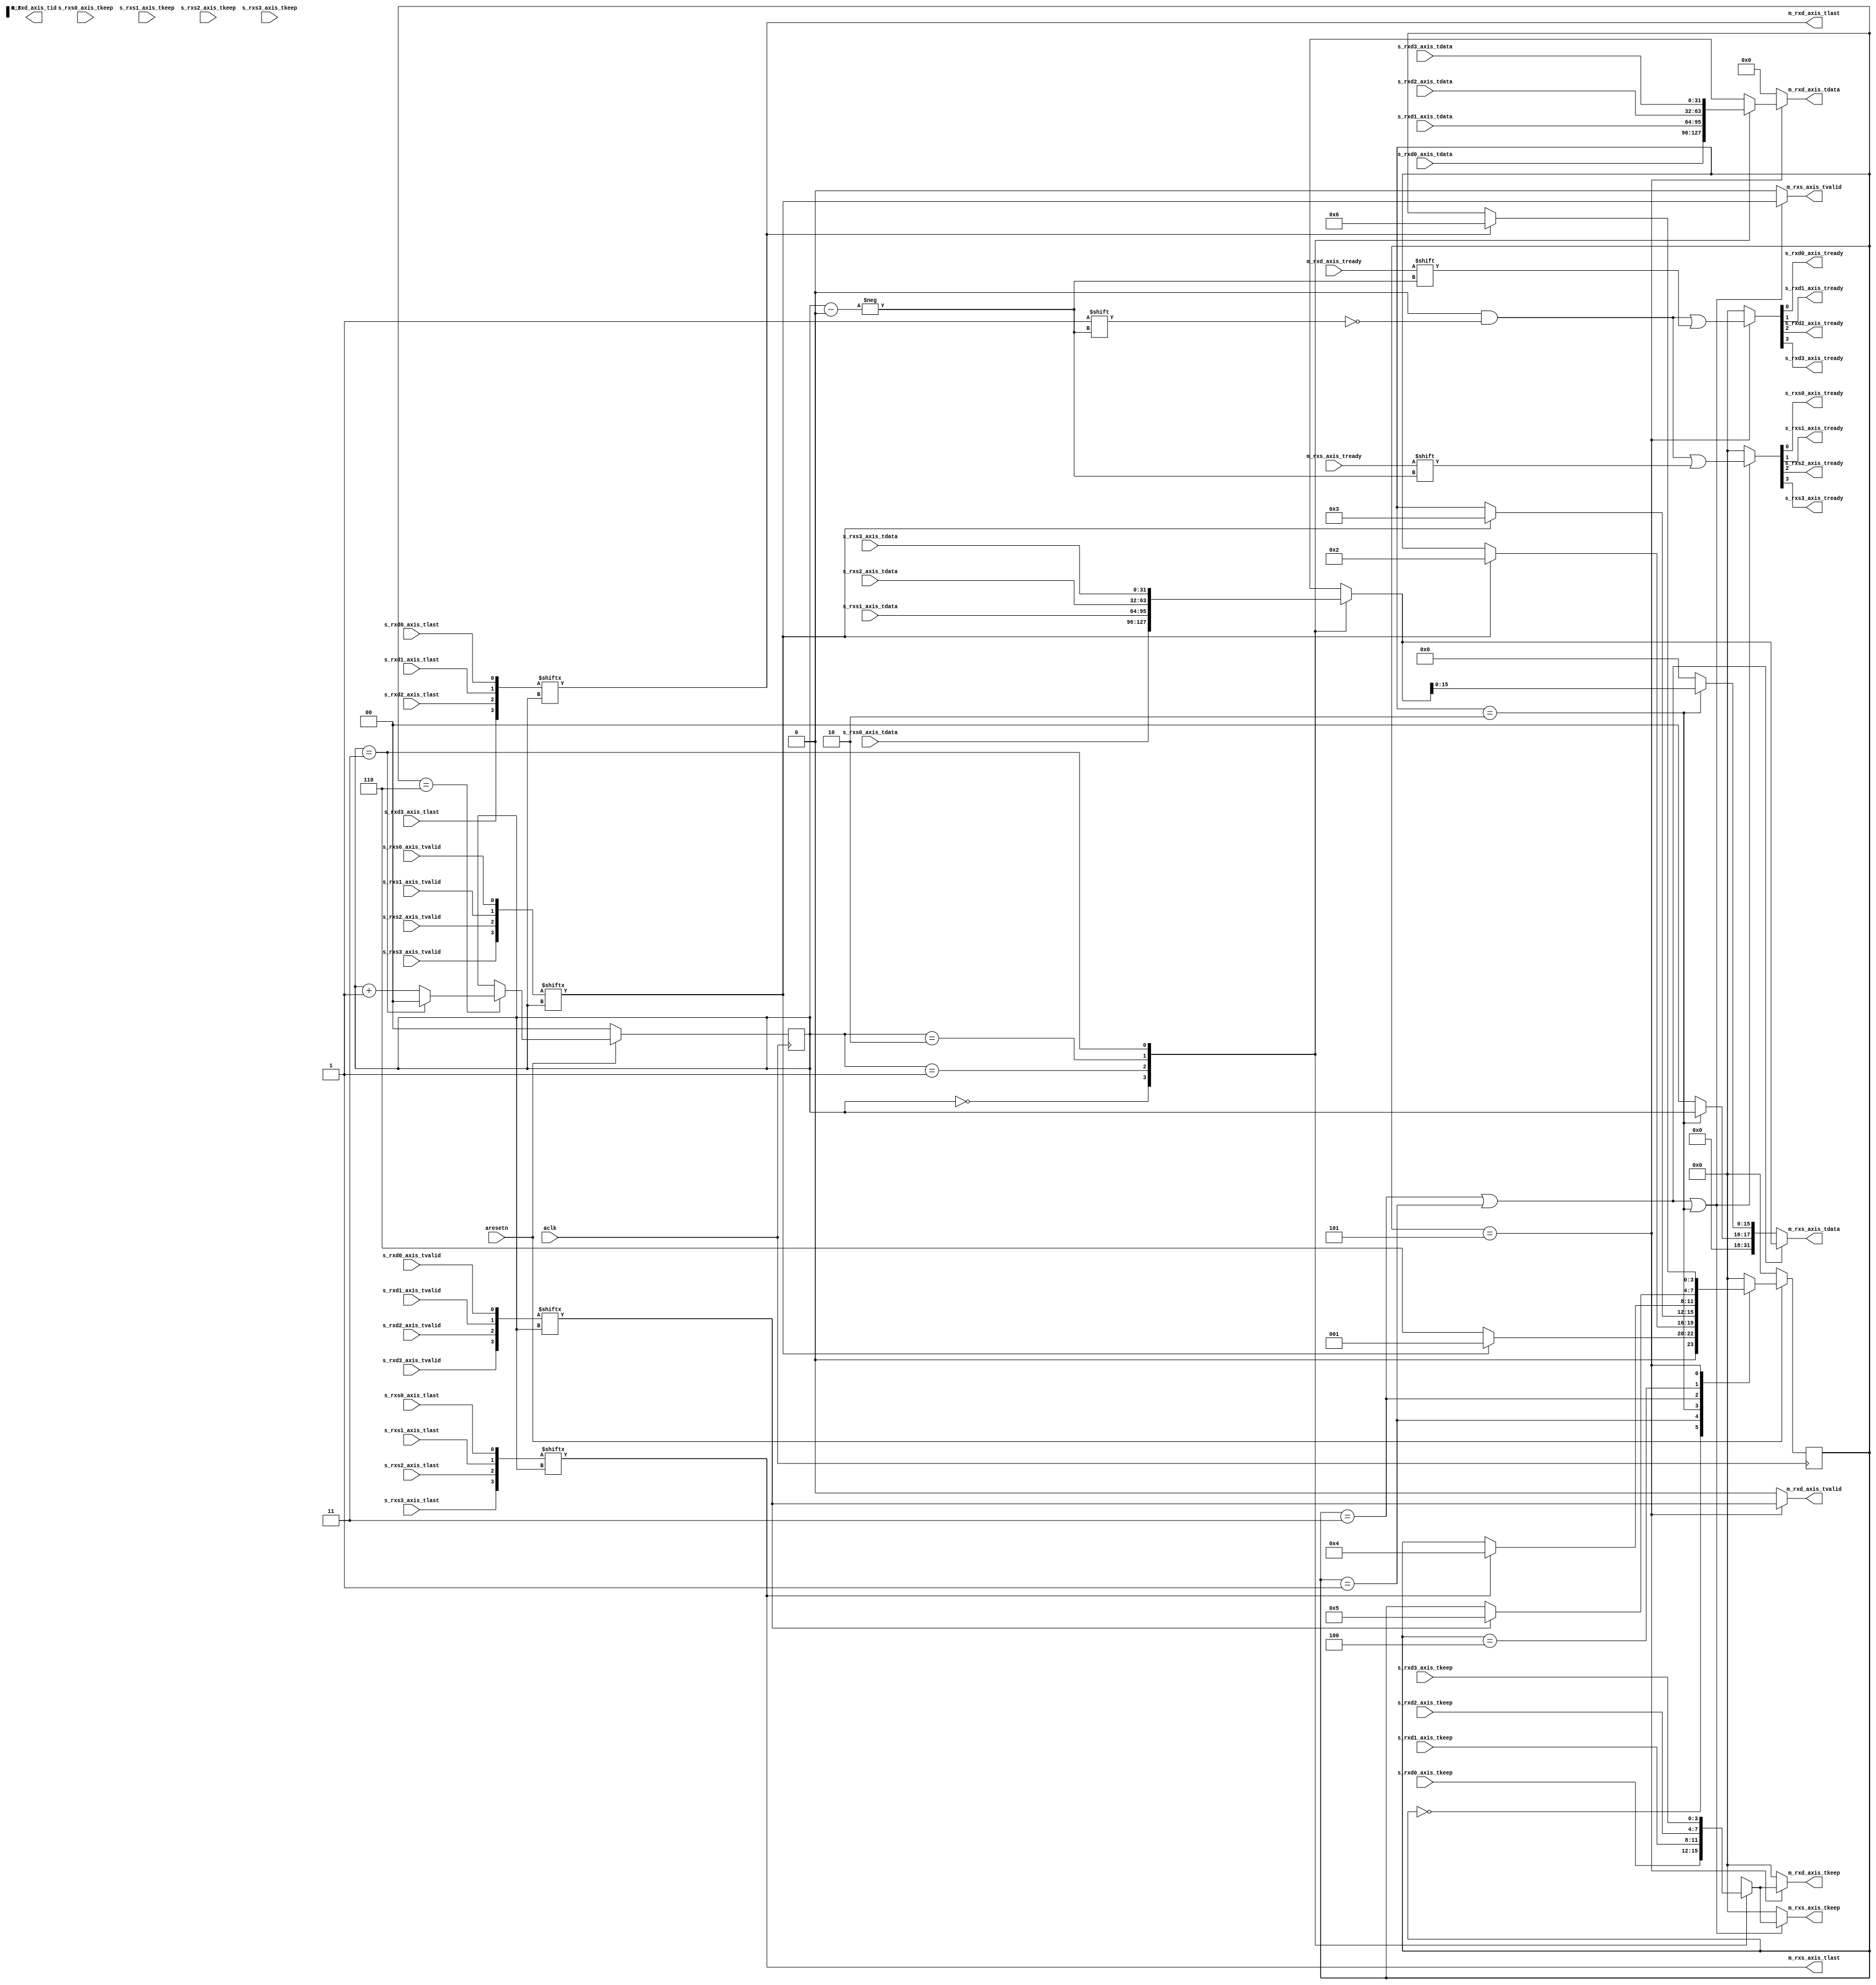

module eth2dma_intercon
(
   input aclk,
   input aresetn,
   input s_rxs0_axis_tvalid,
   input s_rxs1_axis_tvalid,
   input s_rxs2_axis_tvalid,
   input s_rxs3_axis_tvalid,
   output s_rxs0_axis_tready,
   output s_rxs1_axis_tready,
   output s_rxs2_axis_tready,
   output s_rxs3_axis_tready,
   input [31 : 0] s_rxs0_axis_tdata,
   input [31 : 0] s_rxs1_axis_tdata,
   input [31 : 0] s_rxs2_axis_tdata,
   input [31 : 0] s_rxs3_axis_tdata,
   input [3 : 0] s_rxs0_axis_tkeep,
   input [3 : 0] s_rxs1_axis_tkeep,
   input [3 : 0] s_rxs2_axis_tkeep,
   input [3 : 0] s_rxs3_axis_tkeep,
   input s_rxs0_axis_tlast,
   input s_rxs1_axis_tlast,
   input s_rxs2_axis_tlast,
   input s_rxs3_axis_tlast,
/*   input [1 : 0] s_rxs0_axis_tid,
   input [1 : 0] s_rxs1_axis_tid,
   input [1 : 0] s_rxs2_axis_tid,
   input [1 : 0] s_rxs3_axis_tid,*/

   output reg m_rxs_axis_tvalid,
   input m_rxs_axis_tready,
   output reg [31 : 0] m_rxs_axis_tdata,
   output reg [3 : 0] m_rxs_axis_tkeep,
   output m_rxs_axis_tlast,
//   output [1 : 0] m_rxs_axis_tid,
   
   input s_rxd0_axis_tvalid,
   input s_rxd1_axis_tvalid,
   input s_rxd2_axis_tvalid,
   input s_rxd3_axis_tvalid,
   output s_rxd0_axis_tready,
   output s_rxd1_axis_tready,
   output s_rxd2_axis_tready,
   output s_rxd3_axis_tready,
   input [31 : 0] s_rxd0_axis_tdata,
   input [31 : 0] s_rxd1_axis_tdata,
   input [31 : 0] s_rxd2_axis_tdata,
   input [31 : 0] s_rxd3_axis_tdata,
   input [3 : 0] s_rxd0_axis_tkeep,
   input [3 : 0] s_rxd1_axis_tkeep,
   input [3 : 0] s_rxd2_axis_tkeep,
   input [3 : 0] s_rxd3_axis_tkeep,
   input s_rxd0_axis_tlast,
   input s_rxd1_axis_tlast,
   input s_rxd2_axis_tlast,
   input s_rxd3_axis_tlast,
/*   input [1 : 0] s_rxd0_axis_tid,
   input [1 : 0] s_rxd1_axis_tid,
   input [1 : 0] s_rxd2_axis_tid,
   input [1 : 0] s_rxd3_axis_tid,*/
   
   output reg m_rxd_axis_tvalid,
   input m_rxd_axis_tready,
   output reg [31 : 0] m_rxd_axis_tdata,
   output reg [3 : 0] m_rxd_axis_tkeep,
   output m_rxd_axis_tlast,
   output reg [1 : 0] m_rxd_axis_tid
   
);
   wire [3:0]   s_rxs_axis_tvalid;
   reg [3:0]   s_rxs_axis_tready;
   wire [31:0]  s_rxs_axis_tdata[3:0];
   wire [3:0]   s_rxs_axis_tkeep[3:0];
   wire [3:0]   s_rxs_axis_tlast;
   
   wire [3:0]   s_rxd_axis_tvalid;
   reg [3:0]   s_rxd_axis_tready;
   wire [31:0]  s_rxd_axis_tdata[3:0];
   wire [3:0]   s_rxd_axis_tkeep[3:0];
   wire [3:0]   s_rxd_axis_tlast;
   
   assign s_rxs_axis_tvalid[0]=s_rxs0_axis_tvalid;
   assign s_rxs_axis_tvalid[1]=s_rxs1_axis_tvalid;
   assign s_rxs_axis_tvalid[2]=s_rxs2_axis_tvalid;
   assign s_rxs_axis_tvalid[3]=s_rxs3_axis_tvalid;
   
   assign s_rxs0_axis_tready=s_rxs_axis_tready[0];
   assign s_rxs1_axis_tready=s_rxs_axis_tready[1];
   assign s_rxs2_axis_tready=s_rxs_axis_tready[2];
   assign s_rxs3_axis_tready=s_rxs_axis_tready[3];
   
   assign s_rxs_axis_tdata[0]=s_rxs0_axis_tdata;
   assign s_rxs_axis_tdata[1]=s_rxs1_axis_tdata;
   assign s_rxs_axis_tdata[2]=s_rxs2_axis_tdata;
   assign s_rxs_axis_tdata[3]=s_rxs3_axis_tdata;
   
   assign s_rxs_axis_tlast[0]=s_rxs0_axis_tlast;
   assign s_rxs_axis_tlast[1]=s_rxs1_axis_tlast;
   assign s_rxs_axis_tlast[2]=s_rxs2_axis_tlast;
   assign s_rxs_axis_tlast[3]=s_rxs3_axis_tlast;   
   
   assign s_rxs_axis_tkeep[0]=s_rxs0_axis_tkeep;
   assign s_rxs_axis_tkeep[1]=s_rxs1_axis_tkeep;
   assign s_rxs_axis_tkeep[2]=s_rxs2_axis_tkeep;
   assign s_rxs_axis_tkeep[3]=s_rxs3_axis_tkeep;  
   
   
      
   
   assign s_rxd_axis_tvalid[0]=s_rxd0_axis_tvalid;
   assign s_rxd_axis_tvalid[1]=s_rxd1_axis_tvalid;
   assign s_rxd_axis_tvalid[2]=s_rxd2_axis_tvalid;
   assign s_rxd_axis_tvalid[3]=s_rxd3_axis_tvalid;
   
   assign s_rxd0_axis_tready=s_rxd_axis_tready[0];
   assign s_rxd1_axis_tready=s_rxd_axis_tready[1];
   assign s_rxd2_axis_tready=s_rxd_axis_tready[2];
   assign s_rxd3_axis_tready=s_rxd_axis_tready[3];
   
   assign s_rxd_axis_tdata[0]=s_rxd0_axis_tdata;
   assign s_rxd_axis_tdata[1]=s_rxd1_axis_tdata;
   assign s_rxd_axis_tdata[2]=s_rxd2_axis_tdata;
   assign s_rxd_axis_tdata[3]=s_rxd3_axis_tdata;
   
   assign s_rxd_axis_tlast[0]=s_rxd0_axis_tlast;
   assign s_rxd_axis_tlast[1]=s_rxd1_axis_tlast;
   assign s_rxd_axis_tlast[2]=s_rxd2_axis_tlast;
   assign s_rxd_axis_tlast[3]=s_rxd3_axis_tlast;   
   
   assign s_rxd_axis_tkeep[0]=s_rxd0_axis_tkeep;
   assign s_rxd_axis_tkeep[1]=s_rxd1_axis_tkeep;
   assign s_rxd_axis_tkeep[2]=s_rxd2_axis_tkeep;
   assign s_rxd_axis_tkeep[3]=s_rxd3_axis_tkeep;     
   
 
   
   localparam  //IDLE=0,
               WAIT_FOR_RXS=0,
               WAIT_FOR_RXS_1=1,
               WAIT_FOR_RXS_2=2,
               WAIT_FOR_RXS_EOP=3,
               WAIT_FOR_RXD=4,
               WAIT_FOR_RXD_EOP=5,
               ADD_QUEUE=6;
   
   reg [3:0]cur_st,nxt_st;
   reg [1:0]cur_queue;
   
   always@(posedge aclk)
      if(~aresetn)
         cur_st<=0;
      else cur_st<=nxt_st;
      
   always@(*)
   begin
      nxt_st=cur_st;
      case(cur_st)
         /*IDLE:
            nxt_st=WAIT_FOR_RXS;*/
         WAIT_FOR_RXS:
            if(s_rxs_axis_tvalid[cur_queue]) nxt_st=WAIT_FOR_RXS_1;
            else nxt_st=ADD_QUEUE;
         WAIT_FOR_RXS_1:if(s_rxs_axis_tvalid[cur_queue]) nxt_st=WAIT_FOR_RXS_2;
         WAIT_FOR_RXS_2:if(s_rxs_axis_tvalid[cur_queue]) nxt_st=WAIT_FOR_RXS_EOP;
         WAIT_FOR_RXS_EOP:
            if(s_rxs_axis_tlast[cur_queue]) nxt_st=WAIT_FOR_RXD;
         WAIT_FOR_RXD:
            if(s_rxd_axis_tvalid[cur_queue]) nxt_st=WAIT_FOR_RXD_EOP;
         WAIT_FOR_RXD_EOP:
            if(s_rxd_axis_tlast[cur_queue]) nxt_st=ADD_QUEUE;
         ADD_QUEUE:
            nxt_st=WAIT_FOR_RXS;
         default:nxt_st=WAIT_FOR_RXS;
      endcase
   end

   always@(posedge aclk)
      if(~aresetn)
         cur_queue<=0;
      else if(cur_st==ADD_QUEUE)
      begin
         if(cur_queue==3)
            cur_queue<=0;
         else cur_queue<=cur_queue+1;
      end
   
   always@(*)
   begin
      s_rxs_axis_tready=0;
      if(cur_st==WAIT_FOR_RXS_EOP | cur_st==WAIT_FOR_RXS_1 | cur_st==WAIT_FOR_RXS_2)
         s_rxs_axis_tready[cur_queue]=m_rxs_axis_tready;
   end
   
   always@(*)
   begin
      m_rxs_axis_tvalid=0;
      if(cur_st==WAIT_FOR_RXS_EOP | cur_st==WAIT_FOR_RXS_1 | cur_st==WAIT_FOR_RXS_2)
         m_rxs_axis_tvalid=s_rxs_axis_tvalid[cur_queue];
   end
   
   always@(*)
   begin
      m_rxs_axis_tdata=0;
      if(cur_st==WAIT_FOR_RXS_EOP | cur_st==WAIT_FOR_RXS_1)
         m_rxs_axis_tdata=s_rxs_axis_tdata[cur_queue];
      else if(cur_st==WAIT_FOR_RXS_2)
      begin
         m_rxs_axis_tdata[15:0]=s_rxs_axis_tdata[cur_queue][15:0];
         m_rxs_axis_tdata[31:16]={14'h0,cur_queue};
      end
   end
   
   always@(*)
   begin
      m_rxs_axis_tkeep=0;
      if(cur_st==WAIT_FOR_RXS_EOP | cur_st==WAIT_FOR_RXS_1 | cur_st==WAIT_FOR_RXS_2)
         m_rxs_axis_tkeep=s_rxd_axis_tkeep[cur_queue];
   end
   
   
   assign m_rxs_axis_tlast=s_rxs_axis_tlast[cur_queue];
   
   always@(*)
   begin
      s_rxd_axis_tready=0;
      if(cur_st==WAIT_FOR_RXD_EOP)
         s_rxd_axis_tready[cur_queue]=m_rxd_axis_tready;
   end
   
   always@(*)
   begin
      m_rxd_axis_tvalid=0;
      if(cur_st==WAIT_FOR_RXD_EOP)
         m_rxd_axis_tvalid=s_rxd_axis_tvalid[cur_queue];
   end
   
   always@(*)
   begin
      m_rxd_axis_tkeep=0;
      if(cur_st==WAIT_FOR_RXD_EOP)
         m_rxd_axis_tkeep=s_rxd_axis_tkeep[cur_queue];
   end
   
   always@(*)
   begin
      m_rxd_axis_tdata=0;
      if(cur_st==WAIT_FOR_RXD_EOP) m_rxd_axis_tdata=s_rxd_axis_tdata[cur_queue];
   end
   
  assign m_rxd_axis_tlast=s_rxd_axis_tlast[cur_queue];   
      

endmodule